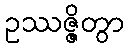
ဥဿဇ္ဇိတွာ